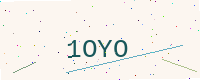
Text: 1OYO